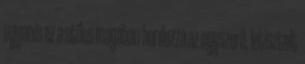
ugyanis ez a stílus magában hordozza az egyszerű, letisztult